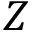
Z